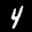
Label: 4